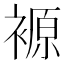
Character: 𲀻